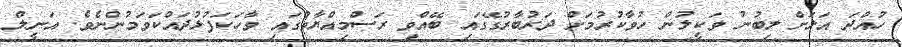
ހުއްދަ އަލަށް ލިބުނު ވަކީލުންް ހުވާކުރުމަށް ދަރުބާރުގޭގައި ބޭއްވި ރަސްމިއްޔާތުގައި ވާހަކަފުޅުދައްކަވަމުންނެވެ. އަނީލް